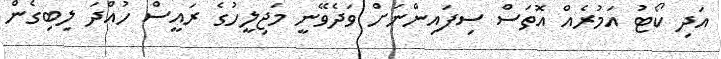
އަދި ކޯޓު އަމުރެއް އޮތަސް ސިފައިންނަށް ވަދެވޭނީ މަޖިލީހުގެ ރައީސް ހުއްދަ ލިބިގެން